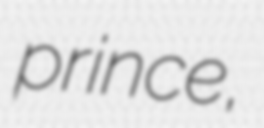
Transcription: prince,